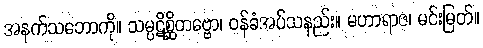
အနက်သဘောကို။ သမ္ပဋိစ္ဆိတဗ္ဗော၊ ဝန်ခံအပ်သနည်း။ မဟာရာဇ၊ မင်းမြတ်။